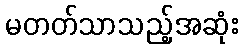
မတတ်သာသည့်အဆုံး